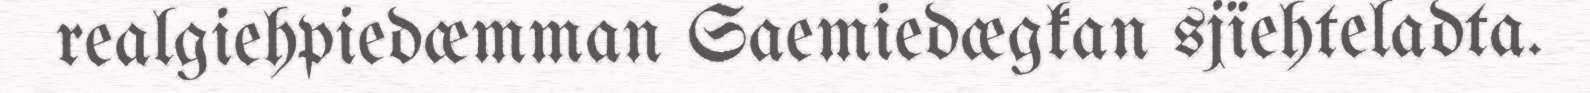
realgiehpiedæmman Saemiedægkan sjïehteladta.